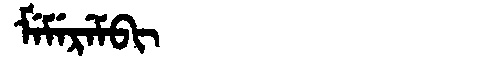
Manchu: ᠮᡝᠮᡝᡵᡝᠮᠪᡳ
Romanization: MEMEREMBI